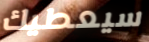
سيعطيك